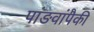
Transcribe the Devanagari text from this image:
पांङवांपैकी